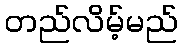
တည်လိမ့်မည်